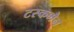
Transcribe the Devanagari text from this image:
टस्कमैन